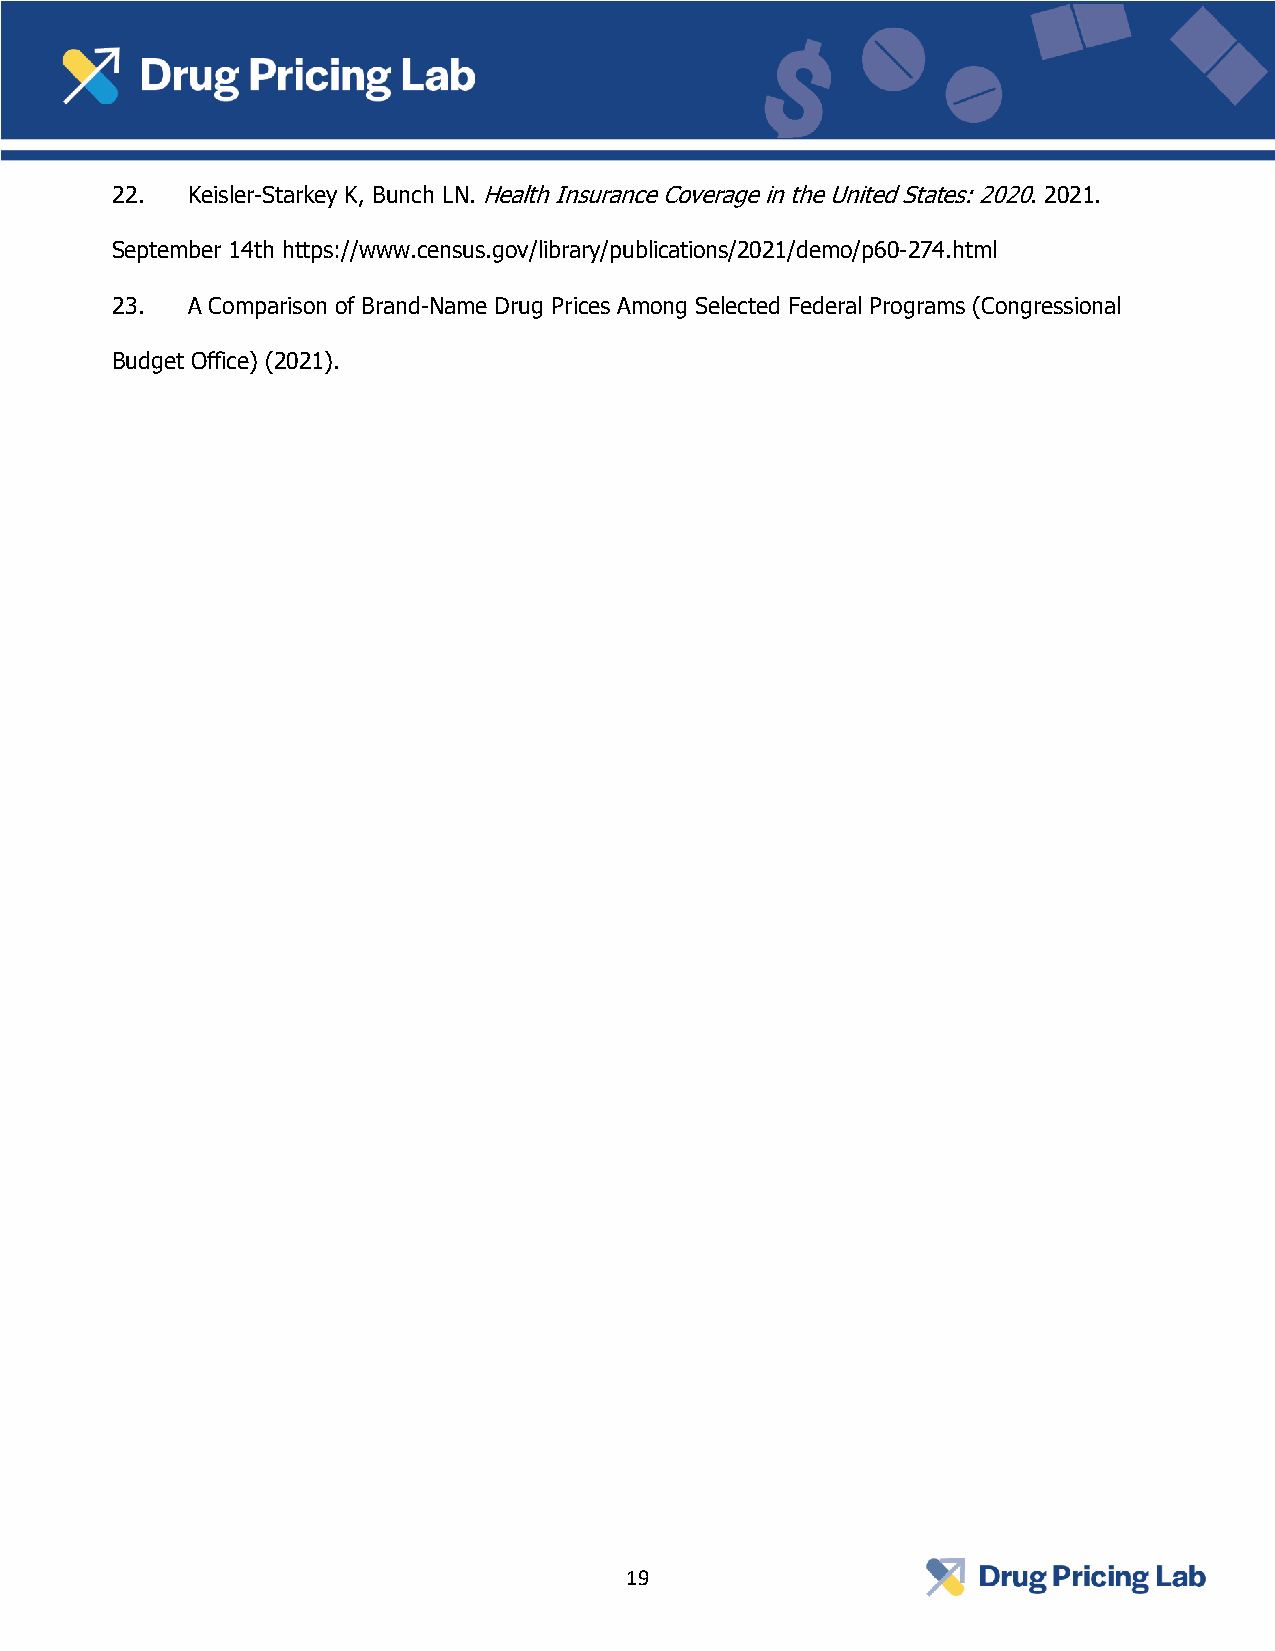
22.  Keisler-Starkey K, Bunch LN. Health Insurance Coverage in the United States: 2020. 2021.
 September 14th https://www.census.gov/library/publications/2021/demo/p60-274.html
 23.  A Comparison of Brand-Name Drug Prices Among Selected Federal Programs (Congressional
 Budget Office) (2021).
 19